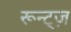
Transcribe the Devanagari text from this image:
रून्ट्ज़